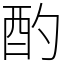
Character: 酌